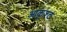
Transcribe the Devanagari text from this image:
आकृश्ट